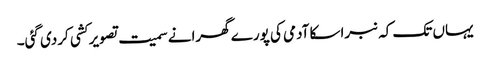
یہاں تک کہ نبراسکا آدمی کی پورے گھرانے سمیت تصویر کشی کردی گئی۔